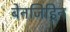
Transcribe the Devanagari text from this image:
बेनजिड्रिन